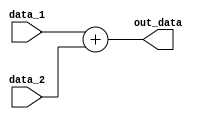
module adder(input [31:0] data_1,input [31:0] data_2,output reg [31:0] out_data);
always@(data_1,data_2)
begin
out_data=data_1+data_2;
end
endmodule